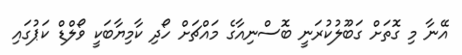
އޭނާ މި ގޮތަށް ގަބޫލުކުރަނީ ބޮސްނިއާގެ މައްޗަށް ހޯދި ކާމިޔާބަކީ ވޯލްޑް ކަޕުގައި